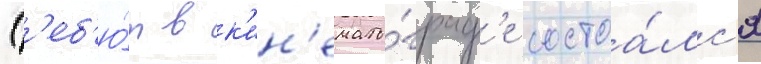
Д'еб'ю́т в к'ин'емато́граф'е состоа́лс'я